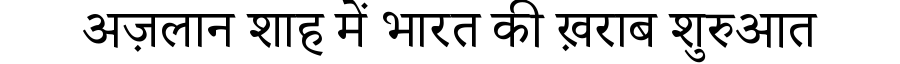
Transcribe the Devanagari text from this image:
अज़लान शाह में भारत की ख़राब शुरुआत